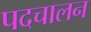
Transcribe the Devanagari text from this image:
पदचालन